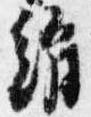
絹